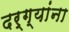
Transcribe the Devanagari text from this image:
दर्ग्यांना